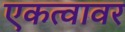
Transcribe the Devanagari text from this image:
एकत्वावर